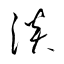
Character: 淡